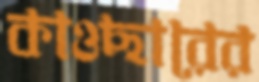
কাওছারের